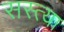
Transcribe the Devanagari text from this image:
सस्त्या